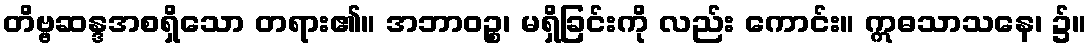
တိဗ္ဗဆန္ဒအစရှိသော တရား၏။ အဘာဝဉ္စ၊ မရှိခြင်းကို လည်း ကောင်း။ ဣဓသာသနေ၊ ၌။